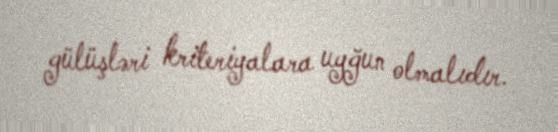
gülüşləri kriteriyalara uyğun olmalıdır.